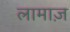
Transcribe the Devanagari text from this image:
लामाज़